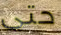
حتى